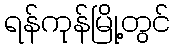
ရန်ကုန်မြို့တွင်